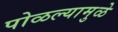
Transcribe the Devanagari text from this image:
पोळल्यामुळे